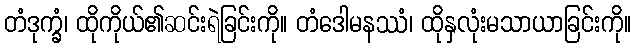
တံဒုက္ခံ၊ ထိုကိုယ်၏ဆင်းရဲခြင်းကို။ တံဒေါမနဿံ၊ ထိုနှလုံးမသာယာခြင်းကို။